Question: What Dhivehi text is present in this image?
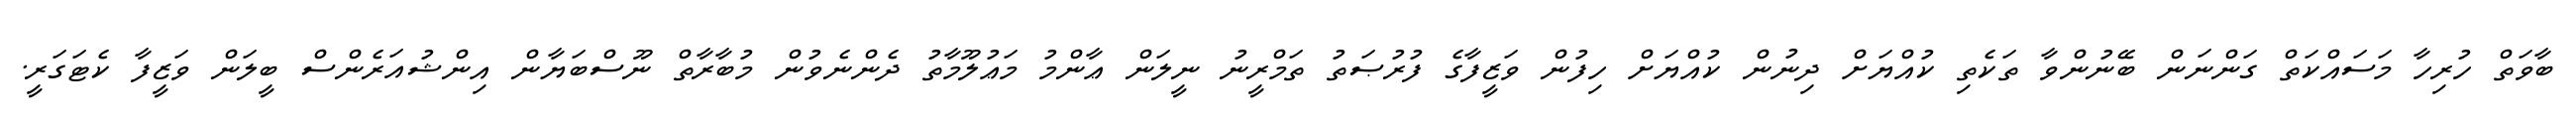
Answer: ބާވަތް ހުރިހާ މަސައްކަތް ގަންނަން ބޭނުންވާ ތަކެތި ކުއްޔަށް ދިނުން ކުއްޔަށް ހިފުން ވަޒީފާގެ ފުރުޞަތު ތަމްރީނު ނީލަން ޢާންމު މަޢުލޫމާތު ދެންނެވުން މުބާރާތް ނޫސްބަޔާން އިންޝުއަރެންސް ބީލަން ވަޒީފާ ކެޓަގަރީ.